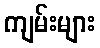
ကျမ်းများ